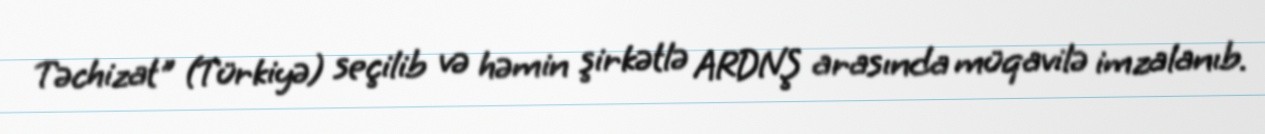
Təchizat" (Türkiyə) seçilib və həmin şirkətlə ARDNŞ arasında müqavilə imzalanıb.